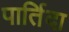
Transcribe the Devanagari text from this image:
पार्तिदा